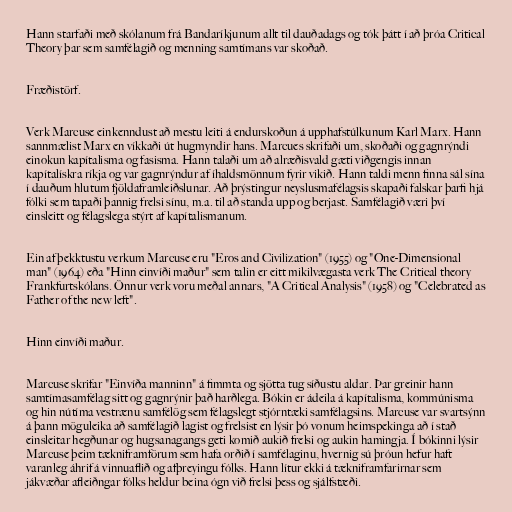
Hann starfaði með skólanum frá Bandaríkjunum allt til dauðadags og tók þátt í að þróa Critical
Theory þar sem samfélagið og menning samtímans var skoðað.

Fræðistörf.

Verk Marcuse einkenndust að mestu leiti á endurskoðun á upphafstúlkunum Karl Marx. Hann
sannmælist Marx en víkkaði út hugmyndir hans. Marcues skrifaði um, skoðaði og gagnrýndi
einokun kapítalisma og fasisma. Hann talaði um að alræðisvald gæti viðgengis innan
kapítalískra ríkja og var gagnrýndur af íhaldsmönnum fyrir vikið. Hann taldi menn finna sál sína
í dauðum hlutum fjöldaframleiðslunar. Að þrýstingur neyslusmafélagsis skapaði falskar þarfi hjá
fólki sem tapaði þannig frelsi sínu, m.a. til að standa upp og berjast. Samfélagið væri því
einsleitt og félagslega stýrt af kapítalismanum.

Ein af þekktustu verkum Marcuse eru "Eros and Civilization" (1955) og "One-Dimensional
man" (1964) eða "Hinn einvíði maður" sem talin er eitt mikilvægasta verk The Critical theory
Frankfurtskólans. Önnur verk voru meðal annars, "A Critical Analysis" (1958) og "Celebrated as
Father of the new left".

Hinn einvíði maður.

Marcuse skrifar "Einvíða manninn" á fimmta og sjötta tug síðustu aldar. Þar greinir hann
samtímasamfélag sitt og gagnrýnir það harðlega. Bókin er ádeila á kapítalisma, kommúnisma
og hin nútíma vestrænu samfélög sem félagslegt stjórntæki samfélagsins. Marcuse var svartsýnn
á þann möguleika að samfélagið lagist og frelsist en lýsir þó vonum heimspekinga að í stað
einsleitar hegðunar og hugsanagangs geti komið aukið frelsi og aukin hamingja. Í bókinni lýsir
Marcuse þeim tækniframförum sem hafa orðið í samfélaginu, hvernig sú þróun hefur haft
varanleg áhrif á vinnuaflið og afþreyingu fólks. Hann lítur ekki á tækniframfarirnar sem
jákvæðar afleiðngar fólks heldur beina ógn við frelsi þess og sjálfstæði.